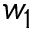
w _ { 1 }